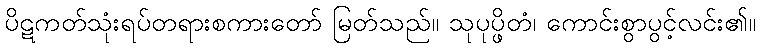
ပိဋကတ်သုံးရပ်တရားစကားတော် မြတ်သည်။ သုပုပ္ဖိတံ၊ ကောင်းစွာပွင့်လင်း၏။